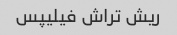
ریش تراش فیلیپس